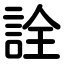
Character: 詮